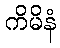
ကိမိနံ